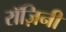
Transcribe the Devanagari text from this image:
रॉज़िनी